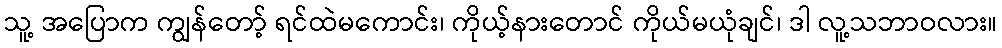
သူ့ အပြောက ကျွန်တော့် ရင်ထဲမကောင်း၊ ကိုယ့်နားတောင် ကိုယ်မယုံချင်၊ ဒါ လူ့သဘာဝလား။